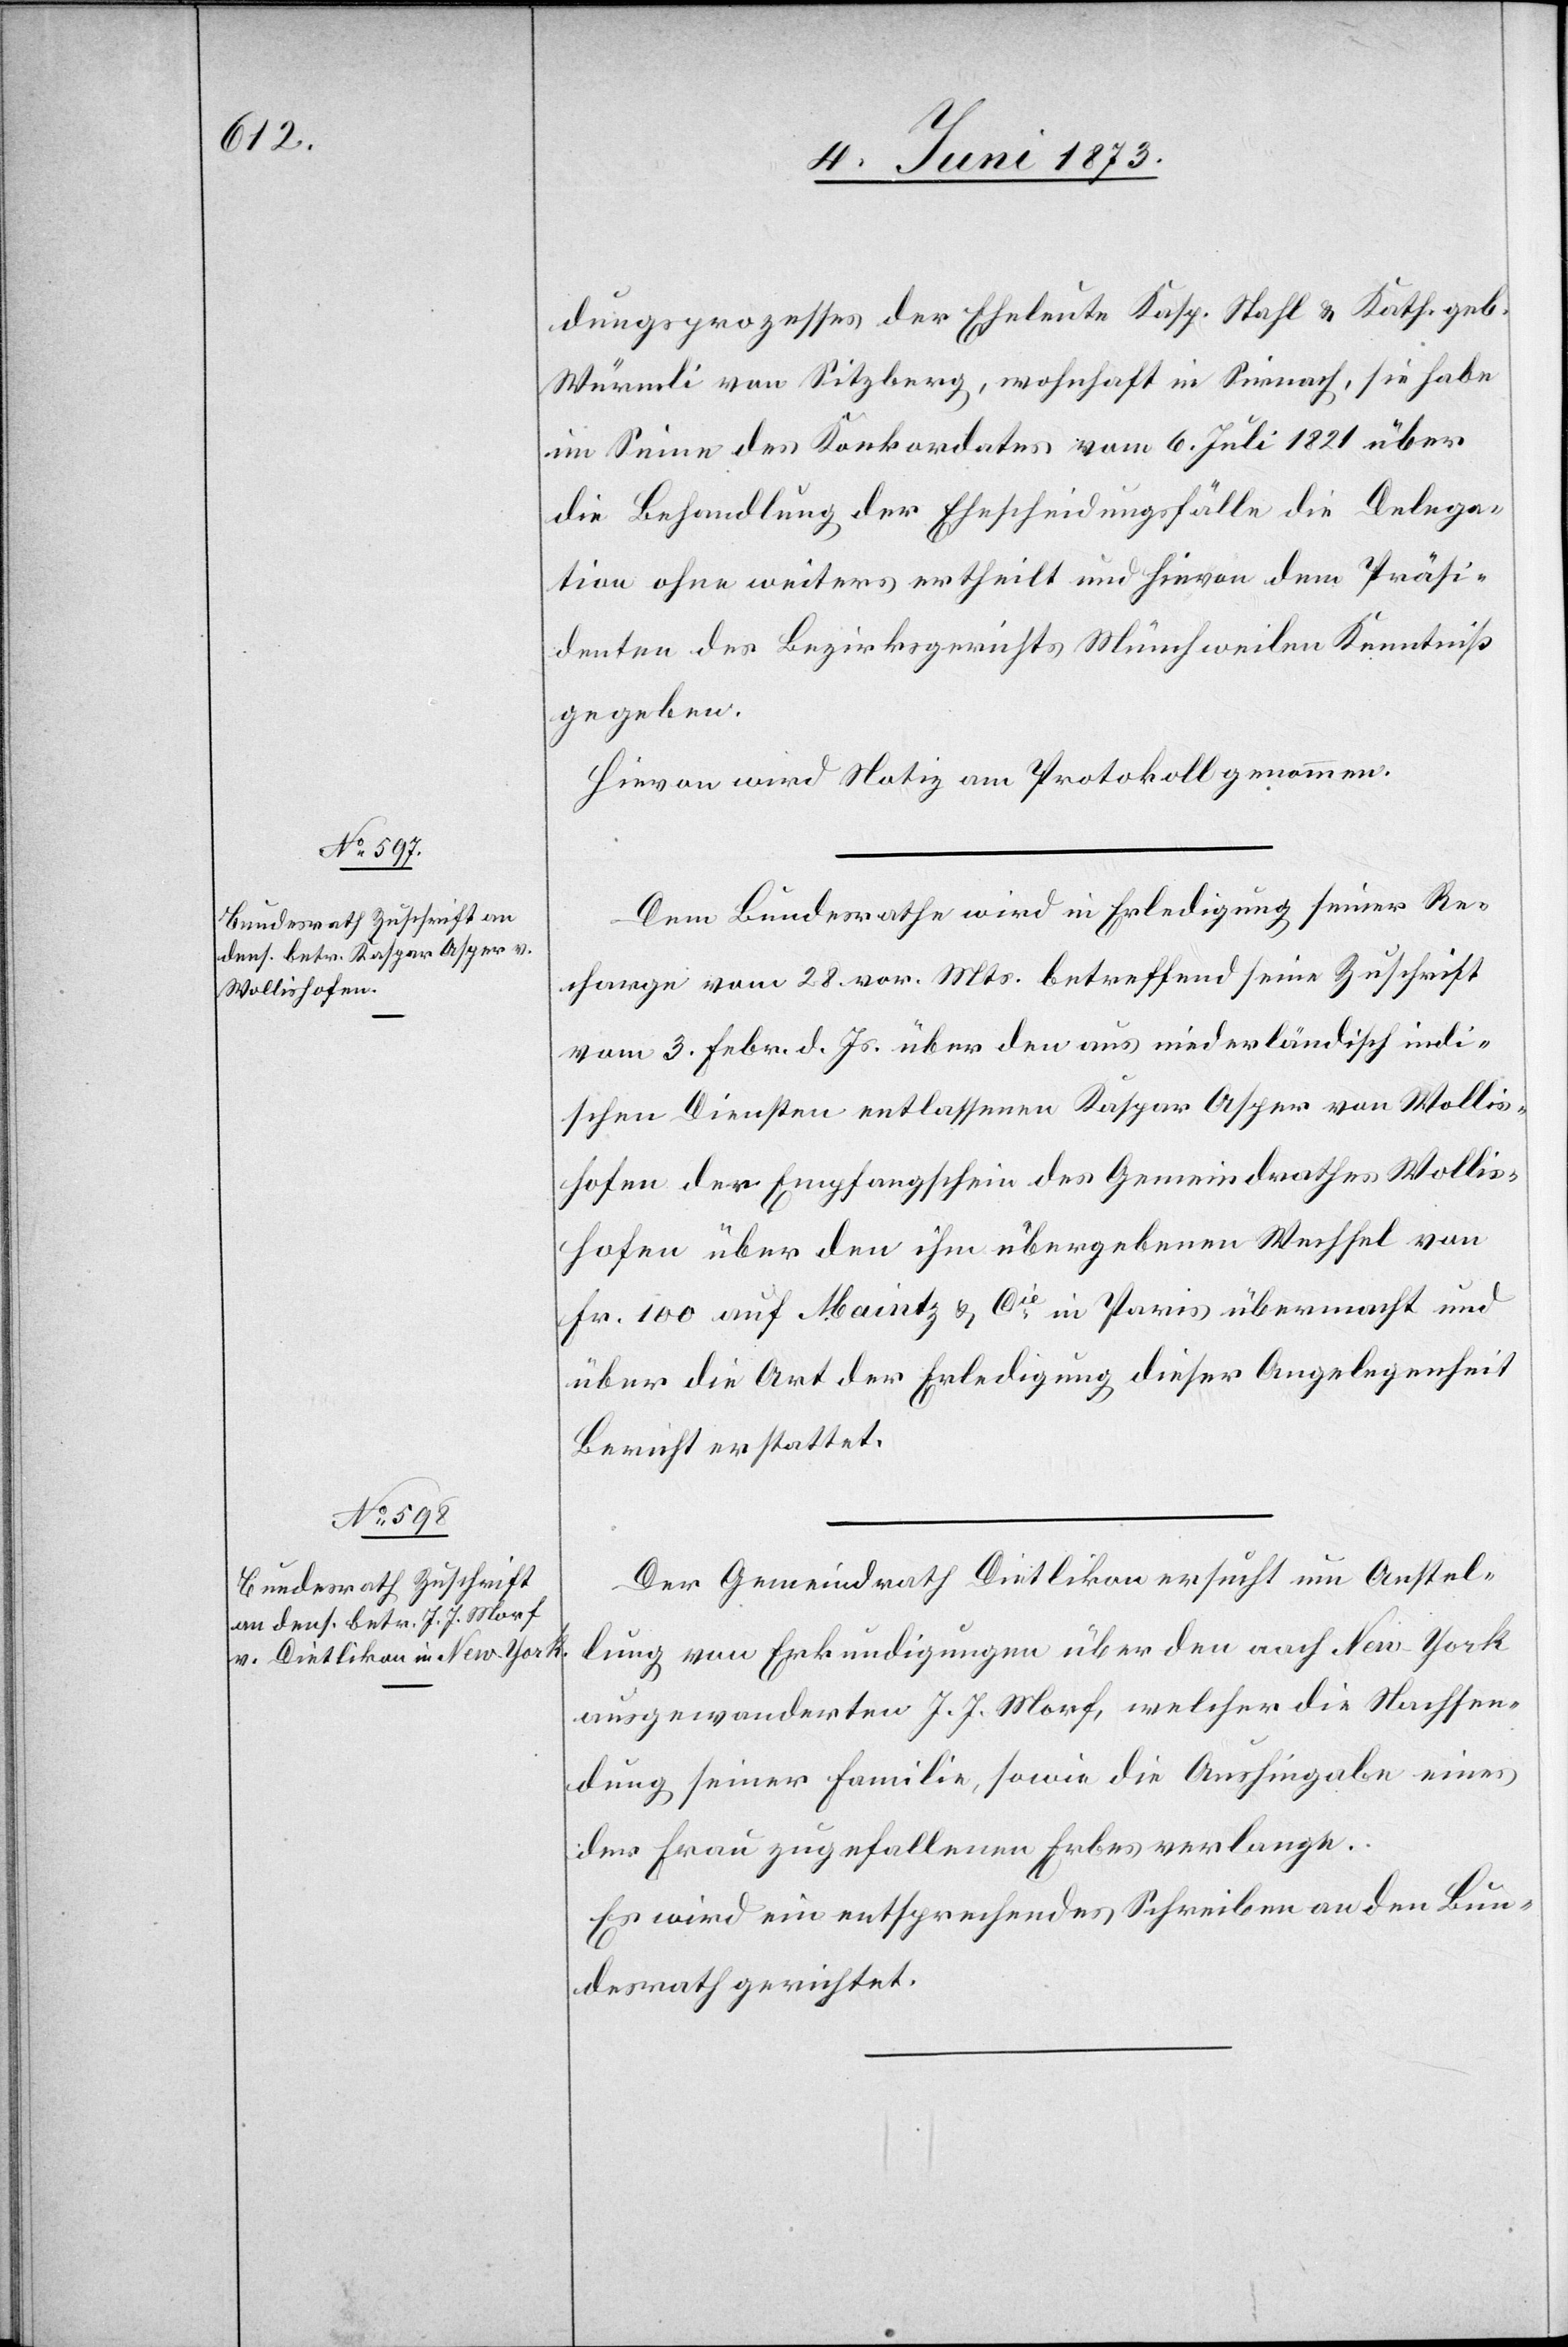
4. Juni 1873.]
dungsprozesses der Eheleute Kasp. Stahl & Kath. geb.
Würmli von Sitzberg, wohnhaft in Sirnach, sie habe
im Sinne des Konkordates vom 6. Juli 1821 über
die Behandlung der Ehescheidungsfälle die Delega¬
tion ohne weiteres ertheilt und hievon dem Präsi¬
denten des Bezirksgerichts Münchweilen Kenntniß
gegeben.
Hievon wird Notiz am Protokoll genommen.
Dem Bundesrathe wird in Erledigung seiner Re¬
charge vom 28. vor. Mts. betreffend seine Zuschrift
vom 3. Febr. d. Js. über den aus niederländisch indi¬
schen Diensten entlassenen Kaspar Asper von Wollis¬
hofen der Empfangschein des Gemeindrathes Wollis¬
hofen über den ihm übergebenen Wechsel von
Fr. 100 auf Maintz & Cie in Paris übermacht und
über die Art der Erledigung dieser Angelegenheit
Bericht erstattet.
Der Gemeindrath Dietlikon ersucht um Anstel¬
lung von Erkundigungen über den nach New-York
ausgewanderten J. J. Morf, welcher die Nachsen¬
dung seiner Familie, sowie die Aushingabe eines
der Frau zugefallenen Erbes verlange.
Es wird ein entsprechendes Schreiben an den Bun¬
desrath gerichtet.